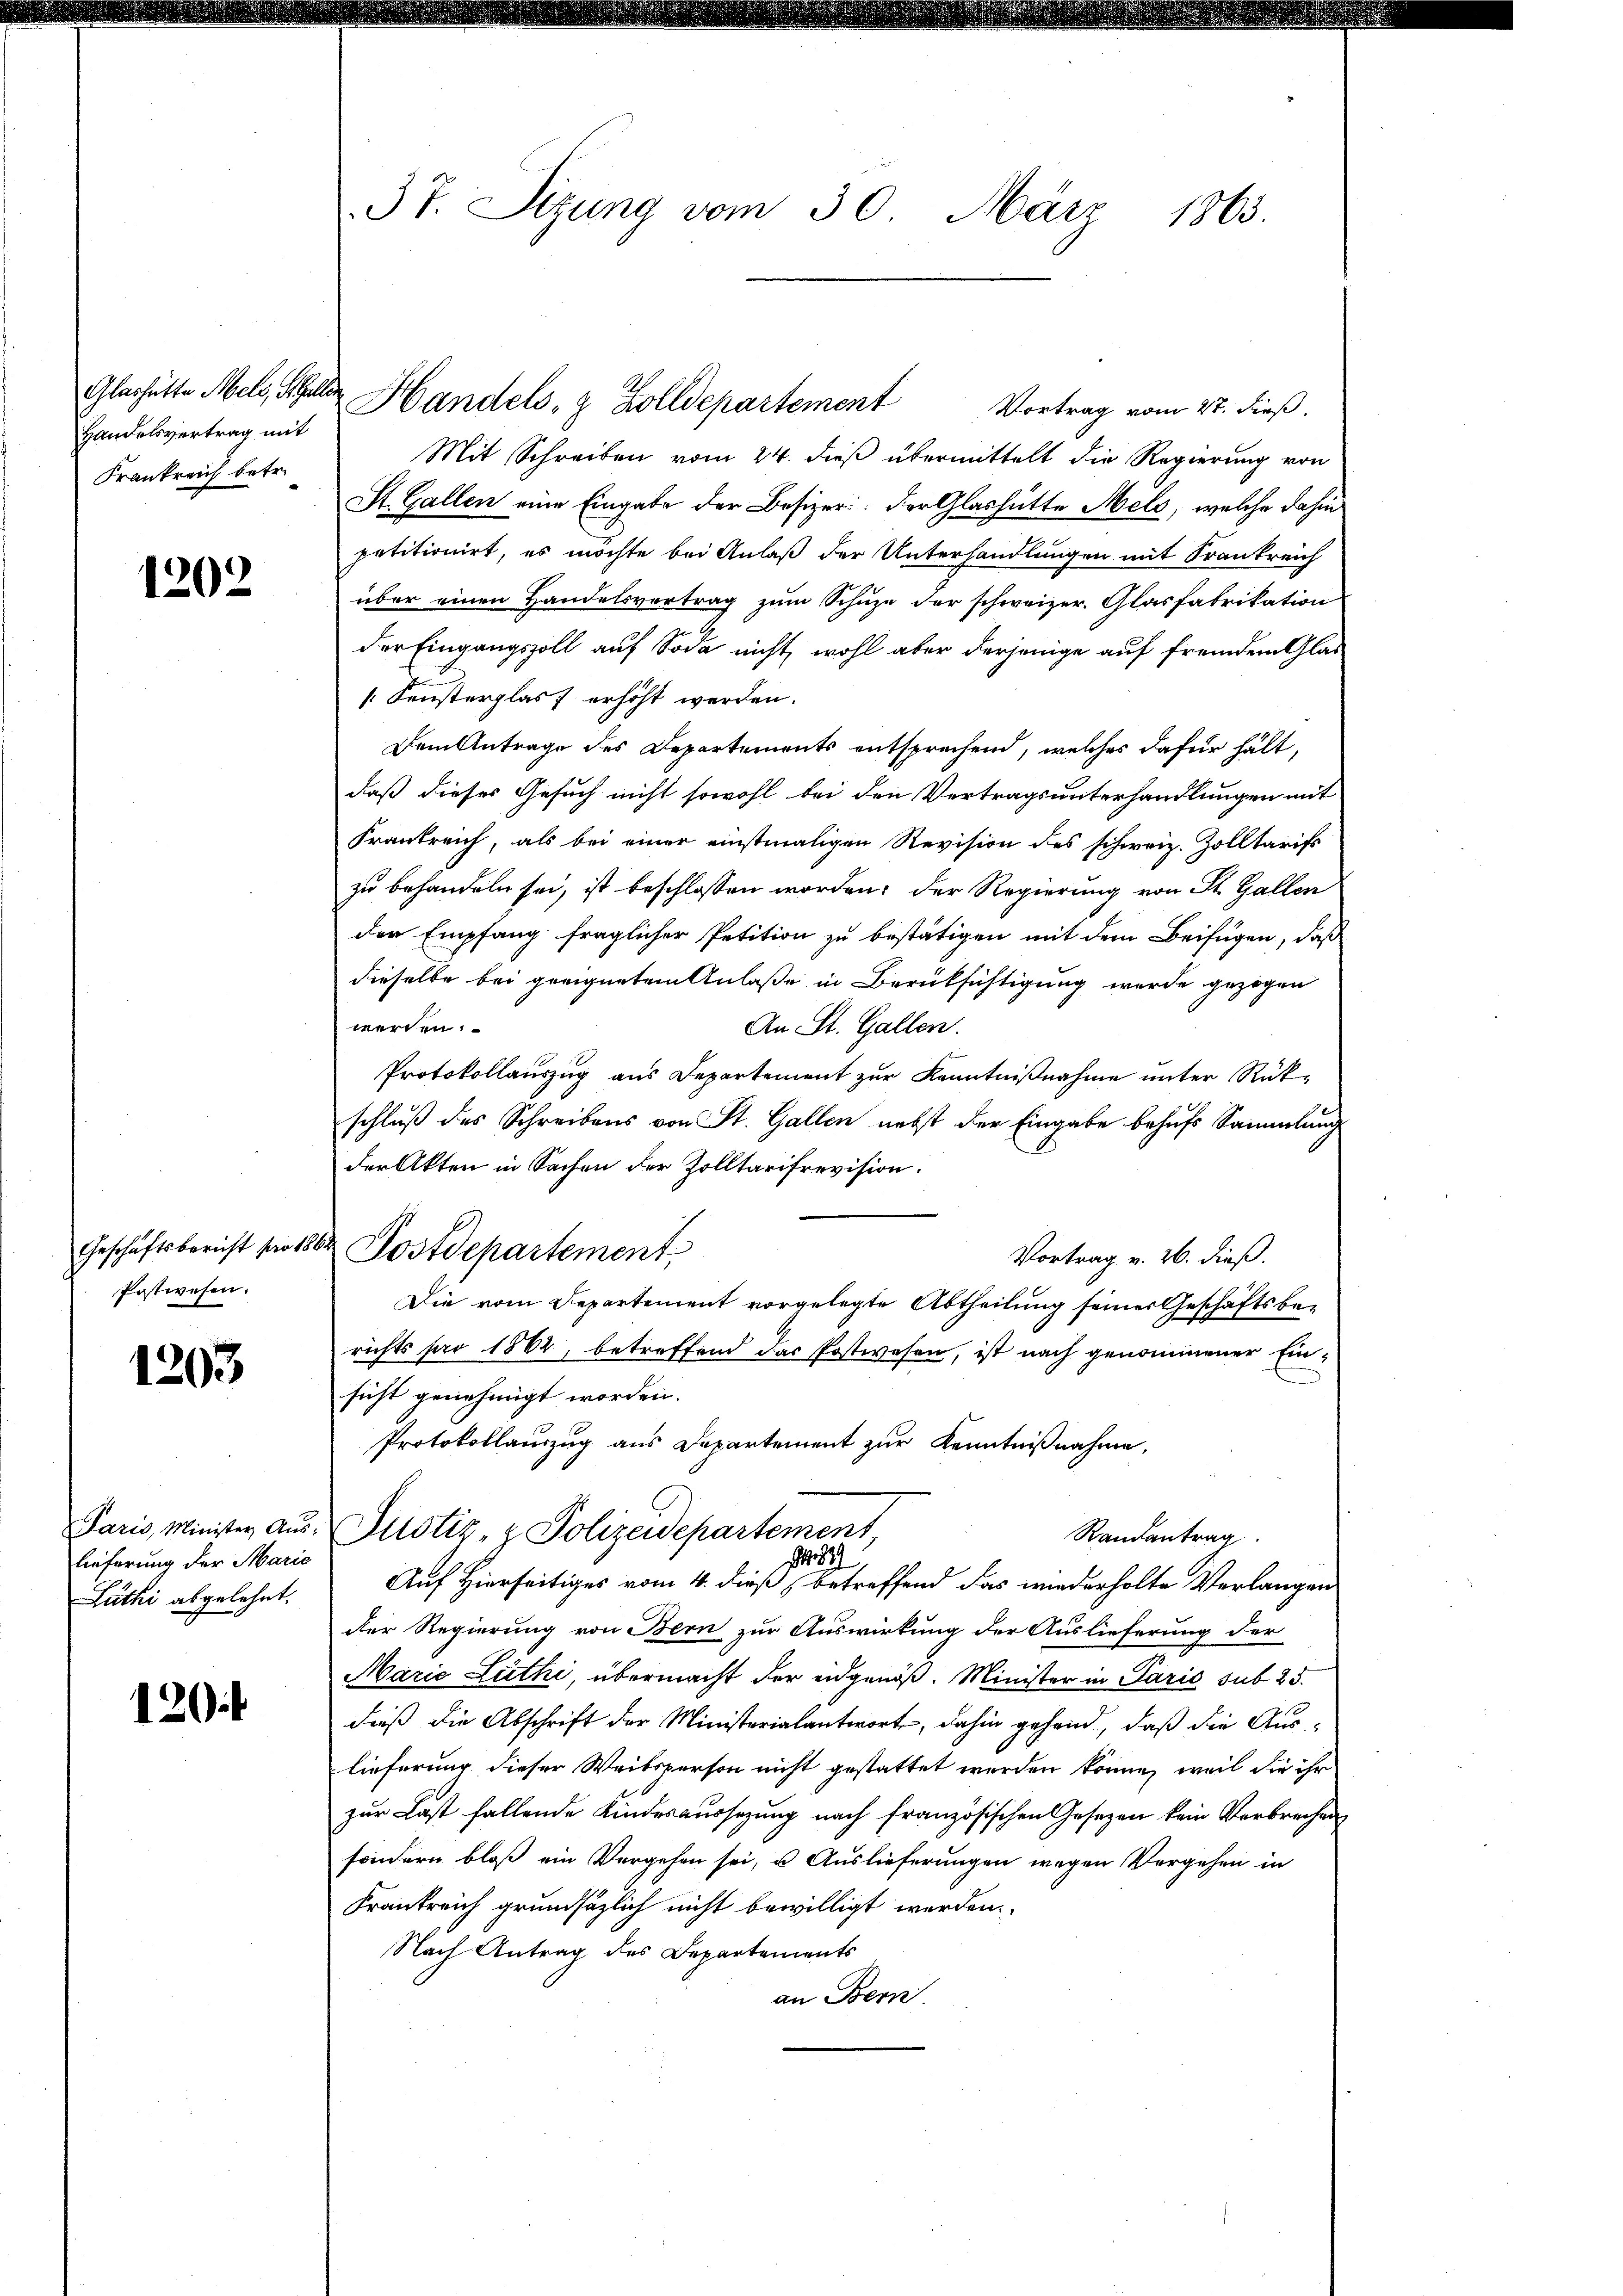
Handelsvertrag mit
Frankreich betr.

1202

Geschäftsbericht pro 1
Postwesen.

1203

Paris, Minister Aus-
lieferung der Marie
Lüthi abgelehnt.

120

37. Sitzung vom 30. März 1863.

Mit Schreiben vom 24. dieß übermittelt die Regierung von
St. Gallen eine Eingabe der Besizer. Der Glashütte Meld, welche dahin
petitionirt, es möchte bei Anlaß der Unterhandlungen mit Frankreich
über einen Handelsvertrag zum Schuze der schweizer. Glasfabrikation
der Eingangszoll auf Soda nicht, wohl aber derjenige auf fremdem Glat
[Fensterglas erhöht werden.
Dem Antrage des Departements entsprechend, welches dafür hält,
daß dieses Gesuch nicht sowohl bei den Vertragsunterhandlungen mit
Frankreich, als bei einer einstmaligen Revision des schweiz. Zolltarifs
zu behandeln sei, ist beschlossen worden, der Regierung von St. Gallen
der Empfang fraglicher Petition zu bestätigen mit dem Beifügen, daß
dieselbe bei geeigneten Anlaße in Berücksichtigung wurde gezogen
werden:
An St. Gallen.
Protokollauszug aus Departement zur Kenntnißnahme unter Rükschluß des Schreibens von St. Gallen nebst der Eingabe behufs Sammlung
der Akten in Sachen der Zolltarisrevision.
Postdepartement,
Vortrag v. 26. dieß.
Die vom Departement vorgelegte Abtheilung seiner Geschäftsberichts par 1862, betreffend das Postwesen, ist nach genommener Einsicht genehmigt worden.
Protokollauszug aus Departement zur Kenntnißnahme,
Justiz- & Polizeidepartement,
Randantrag
 82
Auf Hierseitiges vom 4. dieß betreffend das wiederholte Verlangen
der Regierung von Bern zur Auswirkung der Auslieferung der
Marie Lüthi, übermacht der eidgenöß. Minister in Paris sub 25.
dieß die Abschrift der Ministerialantwort, dahin gehend, daß die Aus-
lieferung dieser Weibsperson nicht gestattet werden könne, weil die ihr
zur Last fallende Kindesaussezung nach französischen Gesezen kein Verbrechens
sondern bloß ein Vergehen sei, u. Auslieferungen wegen Vergehen in
Krankreich grundsätzlich nicht bewilligt werden.
Nach Antrag des Departements
an Bern

Glashütte Meld, Steller Handels- & Zolldepartement Vortrag vom 27. dieß.